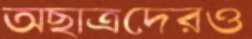
অছাত্রদেরও